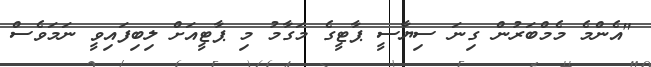
"އެންމެ މެމްބަރުން ގިނަ ސިޔާސީ ޕާޓީގެ މަގާމު މި ޕާޓީއަށް ލިބިފައިވީ ނަމަވެސް